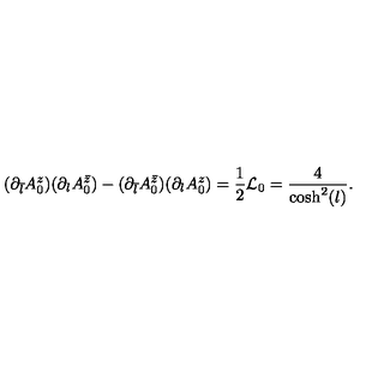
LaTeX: ( \partial _ { \bar { l } } A _ { 0 } ^ { z } ) ( \partial _ { l } A _ { 0 } ^ { \bar { z } } ) - ( \partial _ { \bar { l } } A _ { 0 } ^ { \bar { z } } ) ( \partial _ { l } A _ { 0 } ^ { z } ) = \frac { 1 } { 2 } { \cal L } _ { 0 } = \frac { 4 } { \cosh ^ { 2 } ( l ) } .